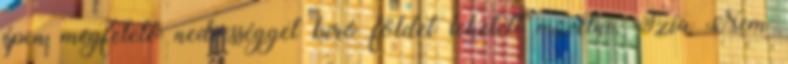
épen megfelelő nedvességgel bíró földet lehetett művelni. Szia Nem